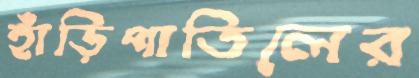
হাঁড়িপাতিলের